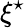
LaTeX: \xi^{\star}